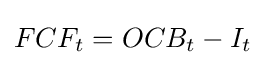
FCF_{t}=OCB_{t}-I_{t}